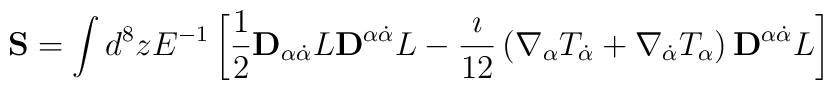
{\bf S} = \int d^8zE^{-1}\left[\frac{1}{2}{\bf D}_{\alpha\dot{\alpha}}L{\bf D}^{\alpha\dot{\alpha}}L -\frac{\imath}{12}\left(\nabla_{\alpha}T_{\dot{\alpha}} + \nabla_{\dot{\alpha}}T_{\alpha}\right){\bf D}^{\alpha\dot{\alpha}}L\right]